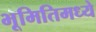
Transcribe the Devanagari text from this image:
भूमितिमध्ये